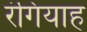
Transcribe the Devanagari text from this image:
रंगियाह